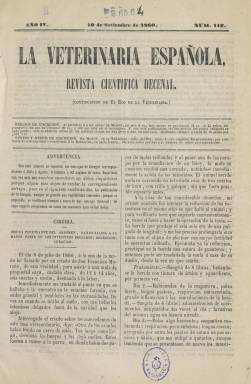
Título: La Veterinaria española
Colección: Agricultura y ganadería || Veterinaria
Ámbito geográfico: Madrid
Lugar de publicación: Madrid
Fechas: 10/09/1860-31/12/1925